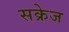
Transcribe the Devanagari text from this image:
सक्रेज